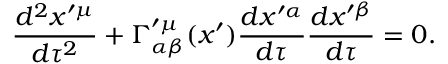
\frac { d ^ { 2 } x ^ { \prime \mu } } { d \tau ^ { 2 } } + \Gamma _ { \alpha \beta } ^ { \prime \mu } ( x ^ { \prime } ) \frac { d x ^ { \prime \alpha } } { d \tau } \frac { d x ^ { \prime \beta } } { d \tau } = 0 .